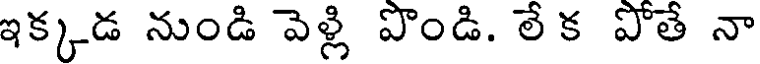
ఇక్కడ నుండి వెళ్లి పొండి. లే క పోతే నా